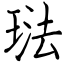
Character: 琺